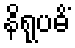
နိရုပဓိံ